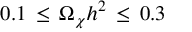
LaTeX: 0 . 1 \, \le \, \Omega _ { \chi } h ^ { 2 } \, \le \, 0 . 3